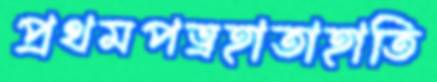
প্রথমপত্রহাতাহাতি